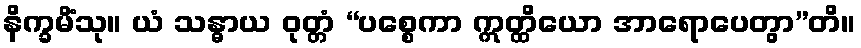
နိက္ခမိံသု။ ယံ သန္ဓာယ ဝုတ္တံ “ပစ္စေကာ ဣတ္ထိယော အာရောပေတွာ”တိ။